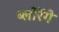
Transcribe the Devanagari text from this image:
ब्लोरेंगे